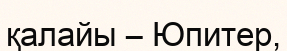
қалайы – Юпитер,